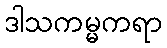
ဒါသကမ္မကရာ